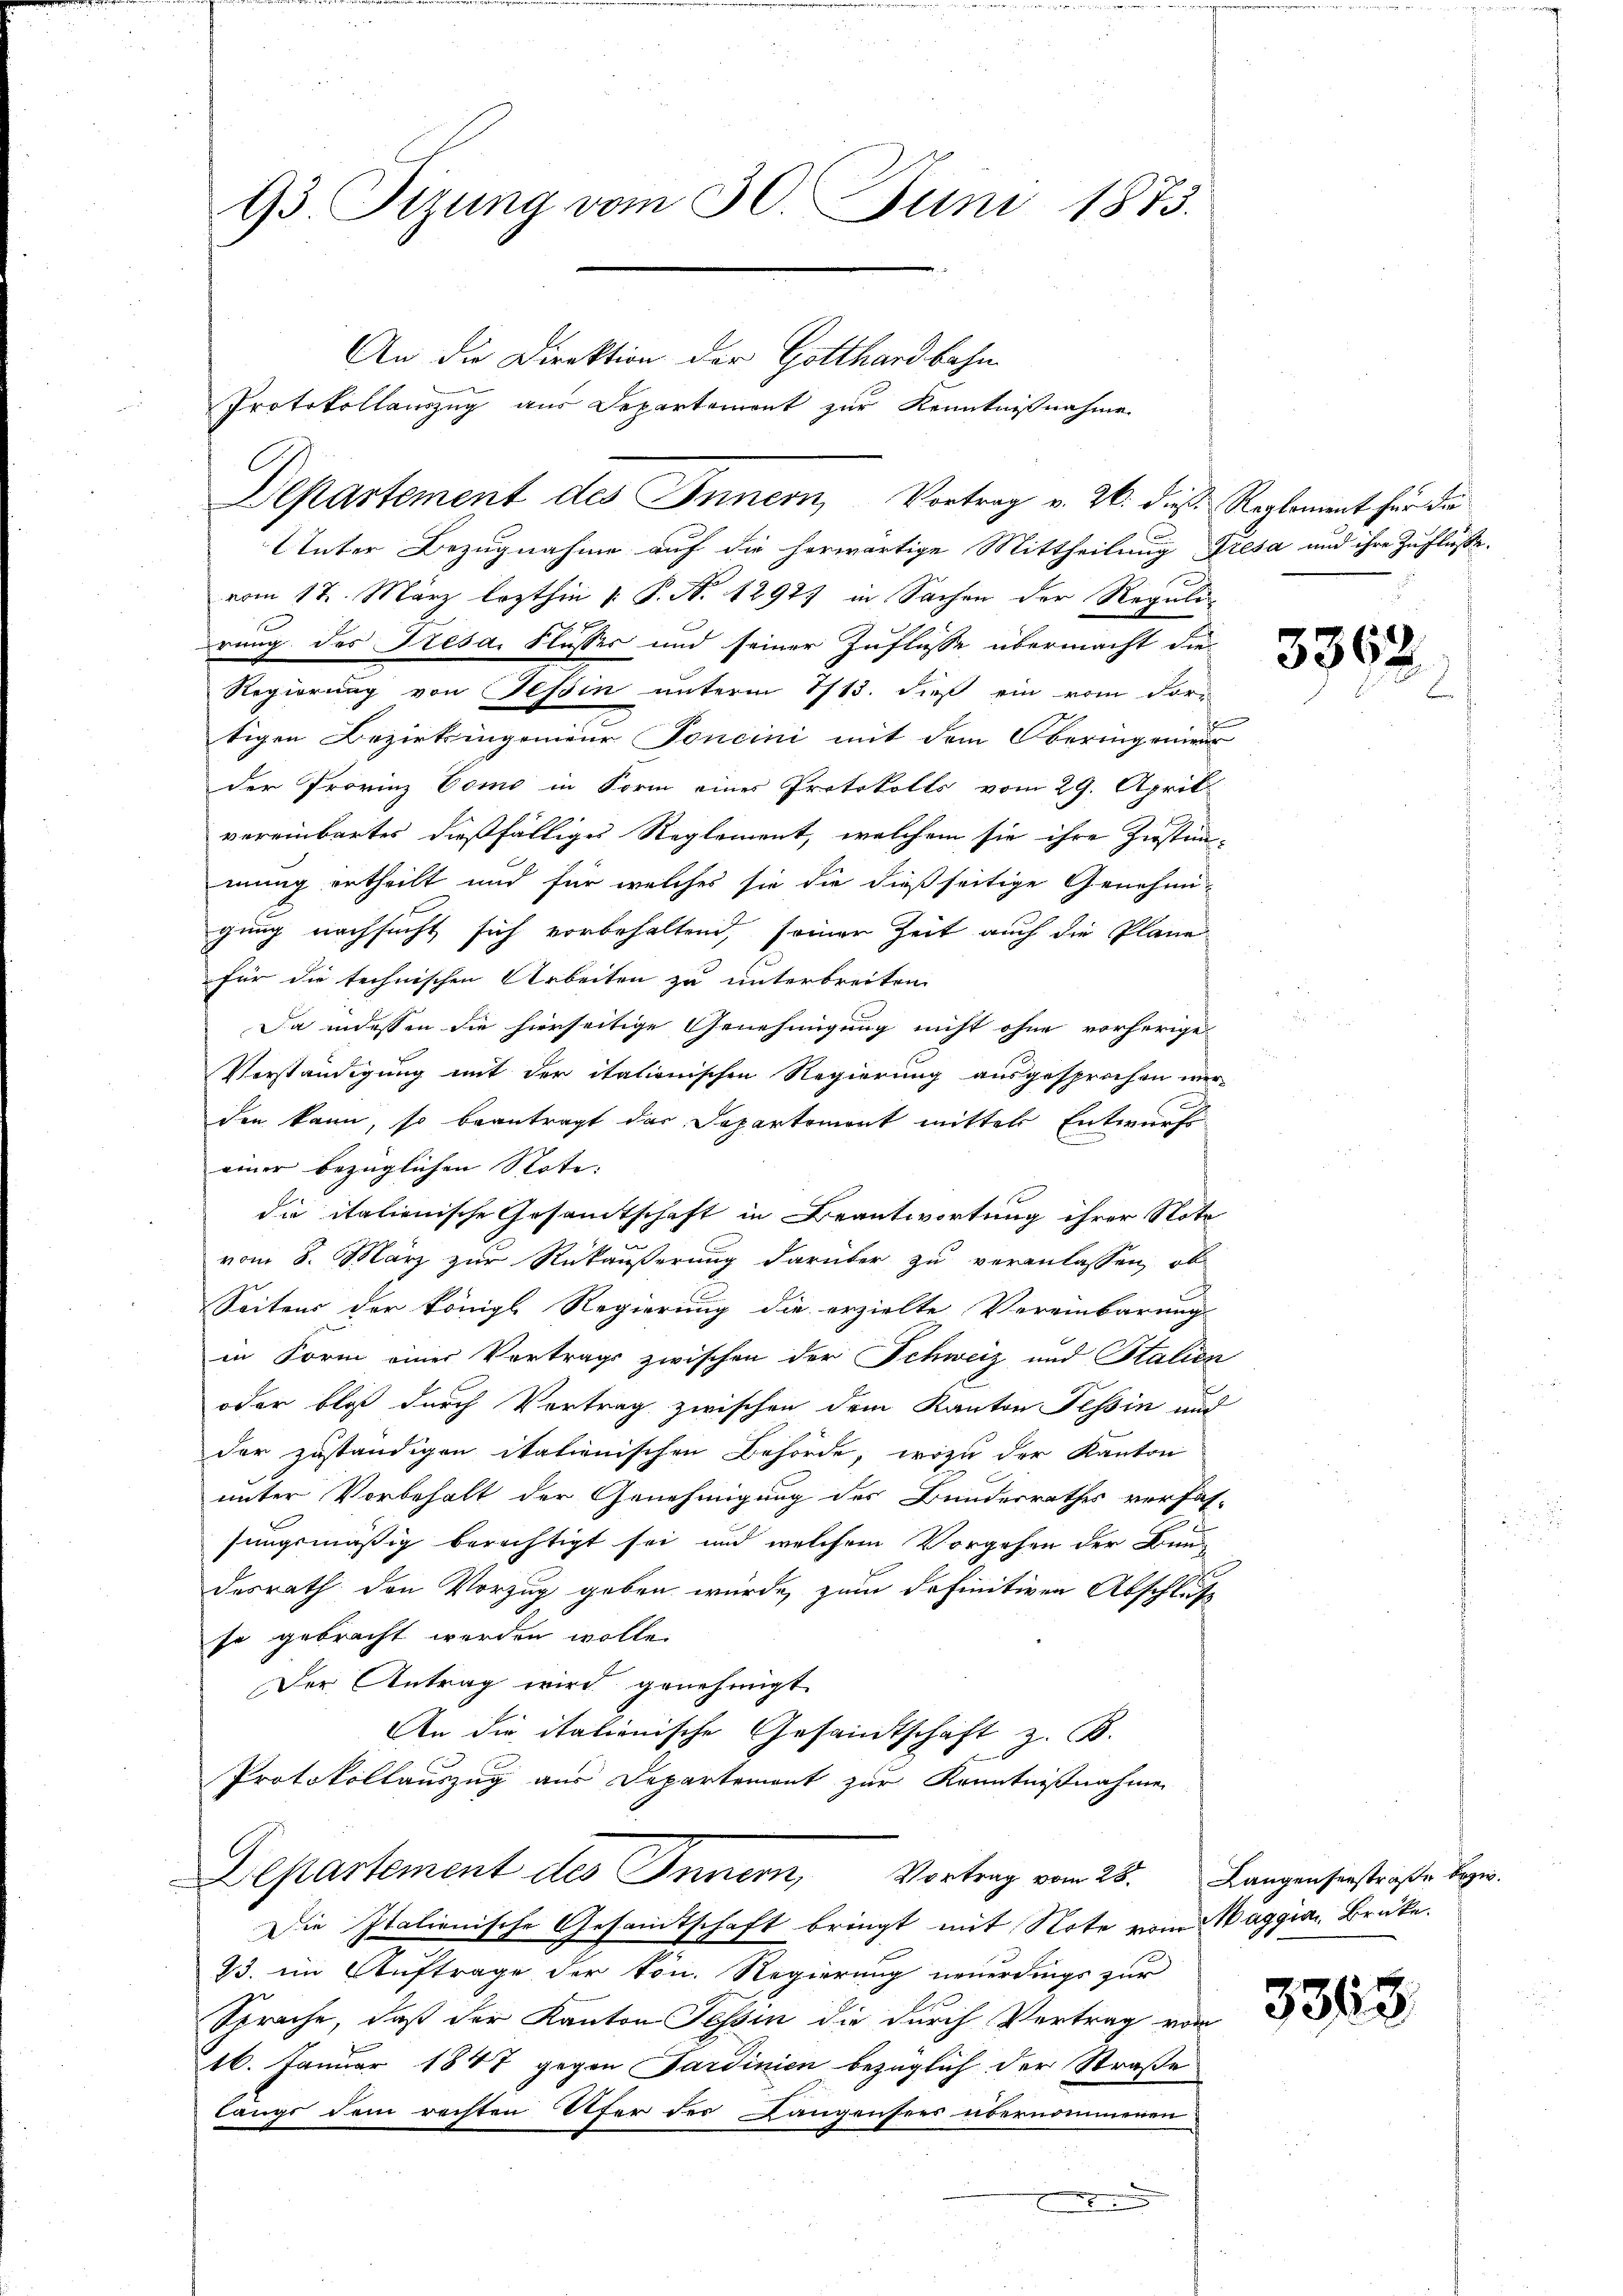
93. Tizung vom 30. Juni 1873.
An die Direktion der Gotthardbahn
Protokollauszug aus Departemont zur Kenntnißnahme

vom 17. März lezthin 1. P. N. 1297) in Sachen der Reguli-
rung des Gresa. Flusser und seiner Zuflüsse übermacht die-
Regierung von Tessin unterm 1713. dieß ein vom Forr
tigen Bezirkingenieur Foncini mit dem Oberingenieur
der Provinz Como in Form eines Protokolls vom 29. April
vereinbartes dießfälliges Reglement, welchem sie ihre Instimmung ertheilt und für welches sie die dießseitige Genehmi-
gung nachsucht sich vorbehaltend, seiner Zeit auch die Plane
für die technischen Arbeiten zu unterbreiten.
Da indessen die hierseitige Genehmigung nicht ohne vorherige
Verständigung mit der itationischen Regierung ausgesprochen wer-
den kann, so beantragt das Departemont mitter Entwurfs-
einer bezüglichen Note. |
die italienische Gesamtschaft in Beantwortung ihrer Note
vom 8. März zur Rückäußerung darüber zu veranlassen, ob
Seitens der königl. Regierung die erzielte Vereinbarung
in Form einer Vertrags zwischen der Schweiz und Stalien
oder bloß durch Vertrag zwischen dem Kanton Tessin und
der zuständigen italienischen Behörde, wozu der Kanton
unter Vorbehalt der Genehmigung des Bundesrathes verfas-
sungsmäßig berechtigt sei, und welchem Vorgehen der Baudesrath den Vorzug geben würde, zum definitiven Abschluß
se gebracht werden wolle.
Der Antrag wird genehmigt.
An die italienische Gesamtschaft z. B.
Protokollauszug aus Departement zur Kenntnißnahmen
Departement des Innern, Vortrag vom 28. Langenserstraße bezw.
Die Italienische Gesamtschaft bringt mit Note vom Waggian Brüke
33. im Auftrage der kön. Regierung neuerdings zur
Sprache, daß der Kanton Tessin die durch Vertrag von
16. Januar 1847 gegen Tardinien bezüglich der Straße
längs dem rechten Ufer der Langensees übernommenen
e

Departement des Innern, Vortrag v. 26. dies Reglement für da
Unter Bezugnahme auf die herwärtige Mittheilung Fresa und ihre Zuflüsse.

3392.

3358